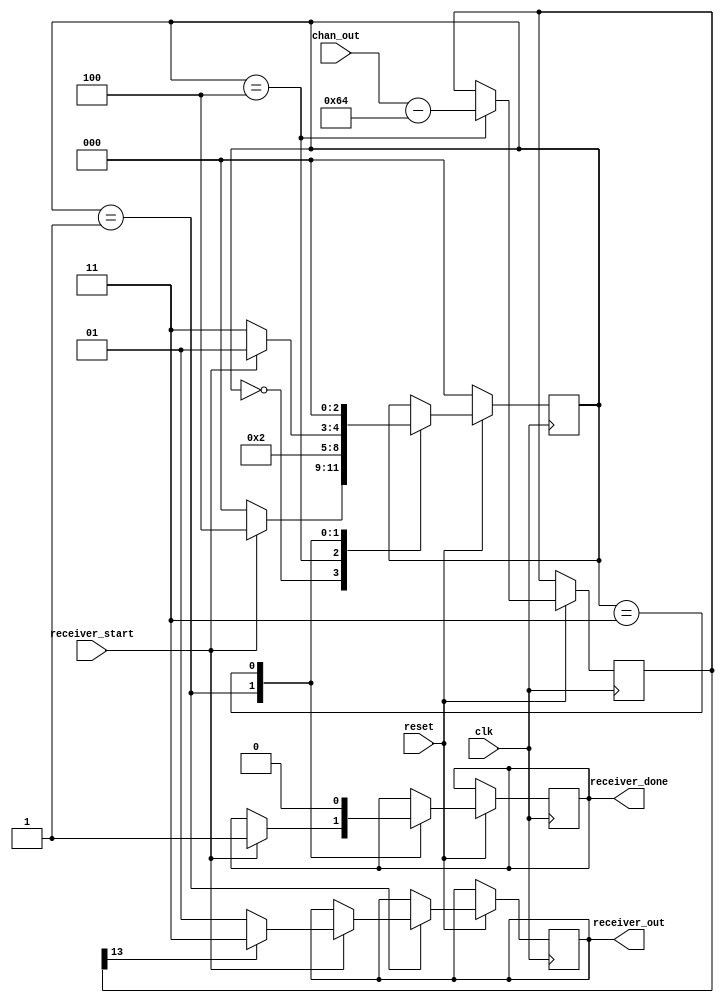
module receiver (input clk, input reset, input receiver_start, input signed [13:0] chan_out, output reg signed [1:0] receiver_out , output reg receiver_done);


//reg sign_flag; // 1 bit signal showing the sign of the received signal, 1 for positive and 0 for negative
reg signed [13:0] chan_out_adjusted;
reg [2:0] state;
parameter init = 3'b000;
parameter signal_adjust = 3'b100; // do a -100 for the received signals, to make sure the amplitude if "-1" signal is <0 and amplitude of "1" signal is >0
parameter find_sign = 3'b001;
parameter recover = 3'b010;
parameter done = 3'b011;







always@(posedge clk) 
begin
  if((!reset)) state = init;
 else begin
   case(state)

    init: begin
     if(receiver_start) state = signal_adjust;
     else state = init;
    end


    signal_adjust: begin
     chan_out_adjusted = chan_out - 100;
     state = find_sign;
    end


    find_sign: begin
     if(receiver_start ==0) state = done;
     else 
       begin
         if(chan_out_adjusted[13] == 1) 
           begin // chan_out is negative, so we make it -1
             receiver_out = -1;
             receiver_done = 1;
             state = find_sign;
           end

         else 
           begin // chan_out is positive, so we make it 1
            receiver_out = 1;
            receiver_done =1;
            state = find_sign;
          end
        end
     end

    done: begin
      receiver_done = 0;
      state = init;
    end
      
       
       
      

  endcase
  end
end



endmodule